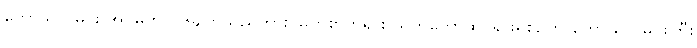
ကောသလမင်း အိပ်မက် ၁၆ချက်သည်ကား မြတ်စွာဘုရား သက်တော်ထင်ရှားရှိစဉ်က ကောသလမင်းကြီး